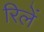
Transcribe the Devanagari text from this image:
रिलें